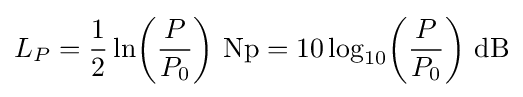
L_{P}={\frac {1}{2}}\ln \!\left({\frac {P}{P_{0}}}\right)\,{\text{Np}}=10\log _{10}\!\left({\frac {P}{P_{0}}}\right)\,{\text{dB}}